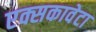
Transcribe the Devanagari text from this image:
एक्सकावेटा